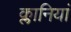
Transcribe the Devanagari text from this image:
क्लानियां